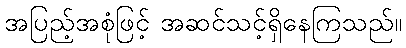
အပြည့်အစုံဖြင့် အဆင်သင့်ရှိနေကြသည်။